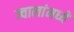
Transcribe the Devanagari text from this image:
ज्वालांमध्ये